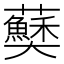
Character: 𫰅